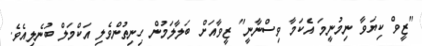
"ޒީވް ކިޔަވާ ނިމުނީމަ އެކަމާ ވިސްނާނީ" ޒީވާއަށް ބަލާލަމުން ހިނިތުންވެލި އަކްމަލް ބުނެލިއެވެ.